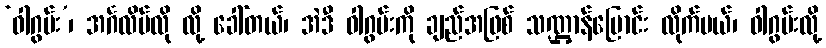
‘ဝါဂွမ်း’၊ အင်္ဂလိပ်လို လို့ ခေါ်တယ်၊ အဲဒီ ဝါဂွမ်းကို ချည်အဖြစ် သဏ္ဌာန်ပြောင်း လိုက်မယ်၊ ဝါဂွမ်းလို့